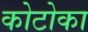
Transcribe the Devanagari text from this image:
कोटोका